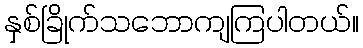
နှစ်ခြိုက်သဘောကျကြပါတယ်။